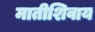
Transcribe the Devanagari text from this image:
मातीशिवाय